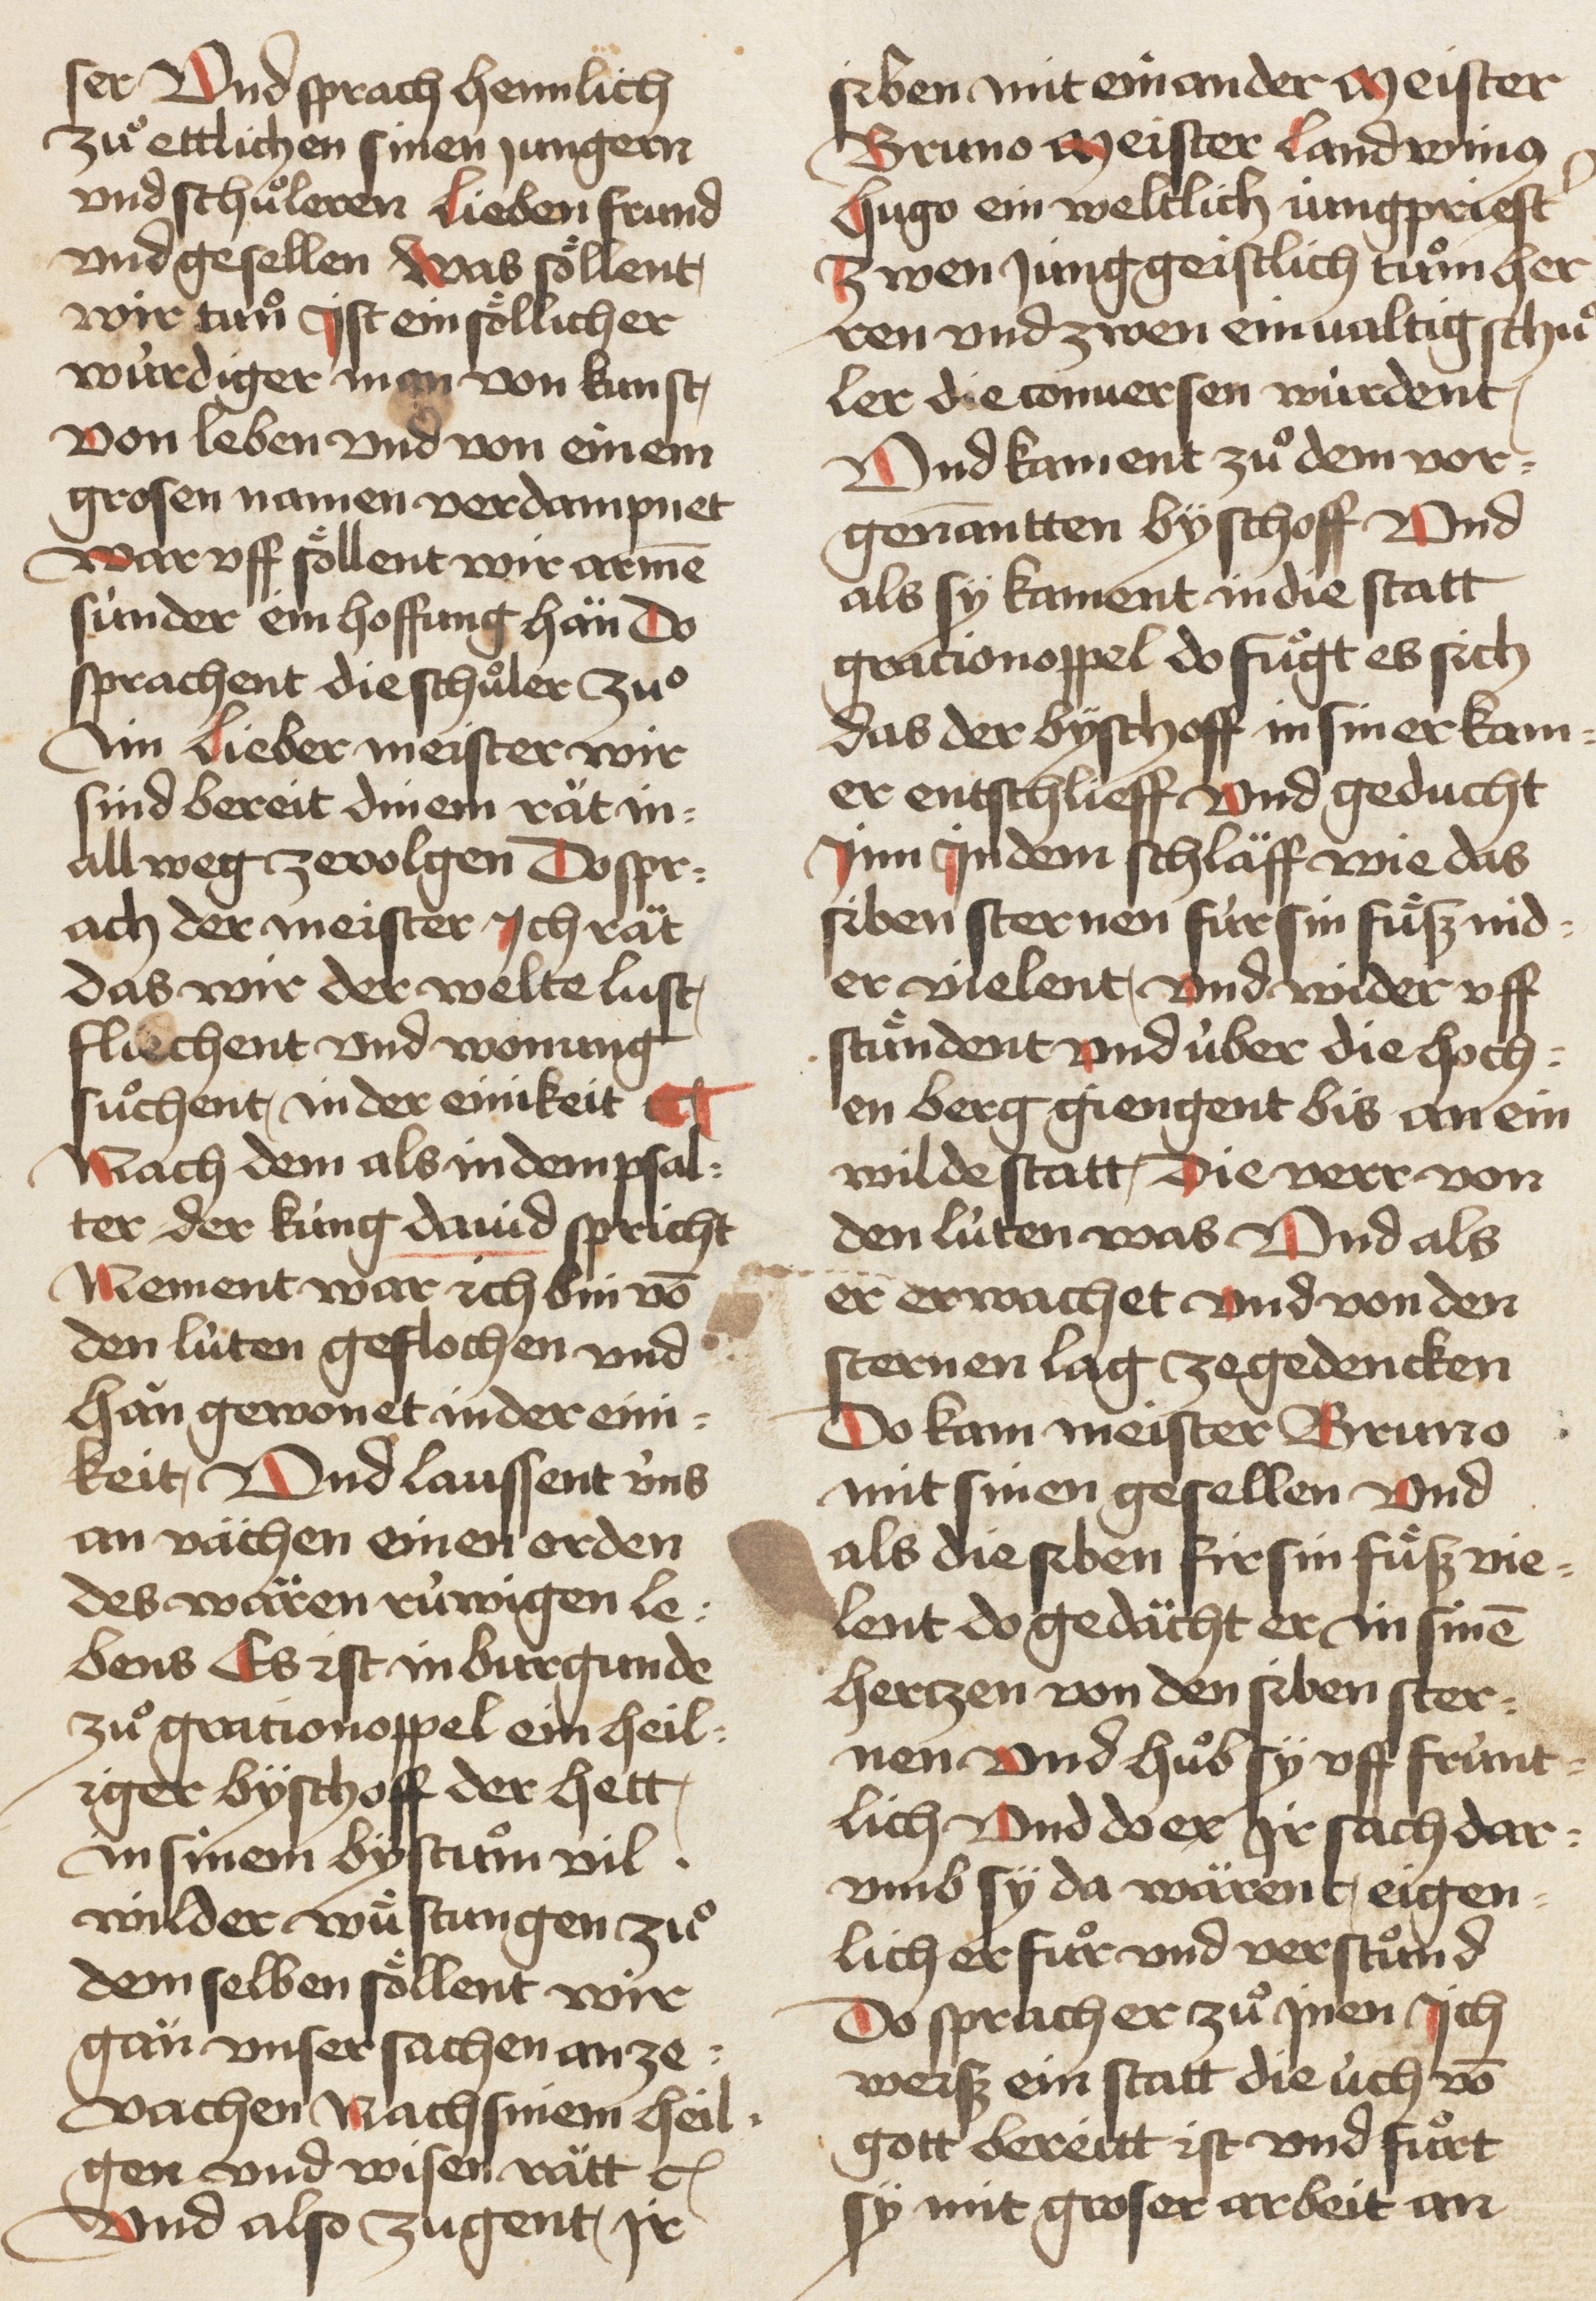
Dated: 1460–1470